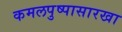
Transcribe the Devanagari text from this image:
कमलपुष्पासारखा